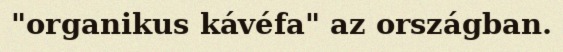
"organikus kávéfa" az országban.